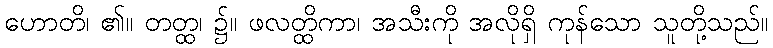
ဟောတိ၊ ၏။ တတ္ထ၊ ၌။ ဖလတ္ထိကာ၊ အသီးကို အလိုရှိ ကုန်သော သူတို့သည်။